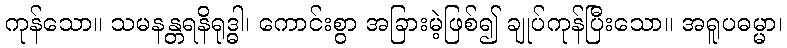
ကုန်သော။ သမနန္တရနိရုဒ္ဓါ၊ ကောင်းစွာ အခြားမဲ့ဖြစ်၍ ချုပ်ကုန်ပြီးသော။ အရူပဓမ္မာ၊